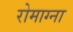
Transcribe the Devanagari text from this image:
रोमाग्ना